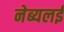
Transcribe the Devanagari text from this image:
नेब्यलई